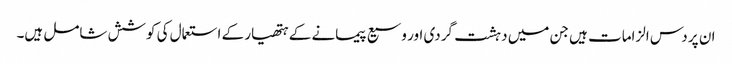
ان پر دس الزامات ہیں جن میں دہشت گردی اور وسیع پیمانے کے ہتھیار کے استعمال کی کوشش شامل ہیں۔